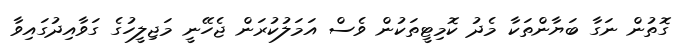
ގޮތުން ނަގާ ބަޔާންތަކާ މެދު ކޮމިޓީތަކުން ވެސް އަމަލުކުރަން ޖެހޭނީ މަޖިލީހުގެ ގަވާއިދުގައިވާ